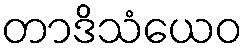
တာဒိသံယေဝ